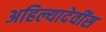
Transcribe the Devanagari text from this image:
अहिल्यादेवींस